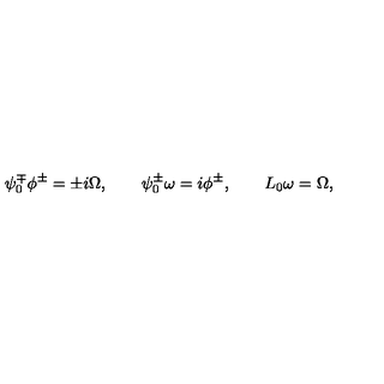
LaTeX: \psi _ { 0 } ^ { \mp } \phi ^ { \pm } = \pm i \Omega , \qquad \psi _ { 0 } ^ { \pm } \omega = i \phi ^ { \pm } , \qquad L _ { 0 } \omega = \Omega ,